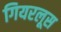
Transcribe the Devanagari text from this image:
गियरलूस